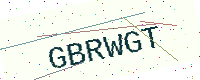
Text: GBRWGT